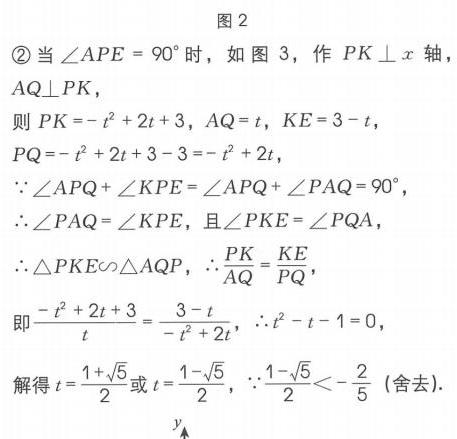
图2
\textcircled{2}当\(\angle APE = 90^{\circ}\)时，如图3，作\(PK\perp x\)轴，
\(AQ\perp PK\)，
则\(PK=-t^{2}+2t + 3\)，\(AQ = t\)，\(KE = 3 - t\)，
\(PQ=-t^{2}+2t + 3 - 3=-t^{2}+2t\)，
\(\because\angle APQ+\angle KPE=\angle APQ+\angle PAQ = 90^{\circ}\)，
\(\therefore\angle PAQ=\angle KPE\)，且\(\angle PKE=\angle PQA\)，
\(\therefore\triangle PKE\sim\triangle AQP\)，\(\therefore\frac{PK}{AQ}=\frac{KE}{PQ}\)，
即\(\frac{-t^{2}+2t + 3}{t}=\frac{3 - t}{-t^{2}+2t}\)，\(\therefore t^{2}-t - 1 = 0\)，
解得\(t=\frac{1 + \sqrt{5}}{2}\)或\(t=\frac{1 - \sqrt{5}}{2}\)，\(\because\frac{1 - \sqrt{5}}{2}<-\frac{2}{5}\) (舍去).